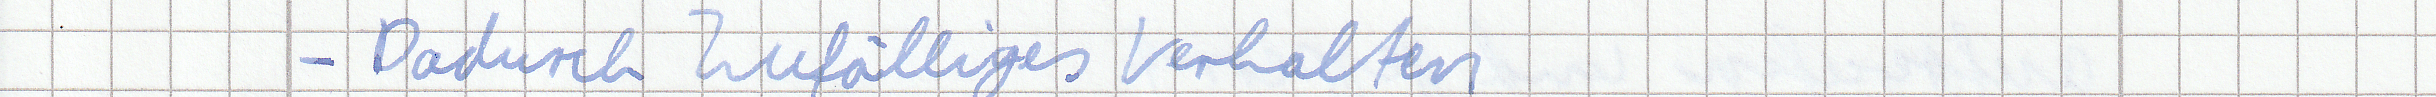
- Dadurch Zufälliges Verhalten